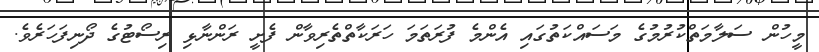
މީހުން ސަލާމަތްކުރުމުގެ މަސައްކަތުގައި އެންމެ ފުރަތަމަ ހަރަކާތްތެރިވާން ފެށީ ރަންނާޅި ރިސޯޓުގެ ދޯނިފަހަރެވެ.